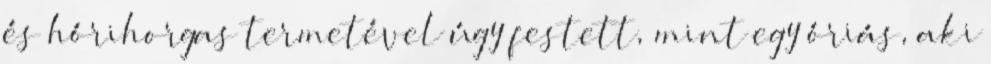
és hórihorgas termetével úgy festett, mint egy óriás, aki